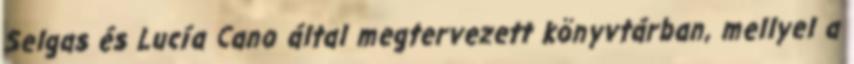
Selgas és Lucía Cano által megtervezett könyvtárban, mellyel a